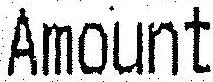
AMOUNT